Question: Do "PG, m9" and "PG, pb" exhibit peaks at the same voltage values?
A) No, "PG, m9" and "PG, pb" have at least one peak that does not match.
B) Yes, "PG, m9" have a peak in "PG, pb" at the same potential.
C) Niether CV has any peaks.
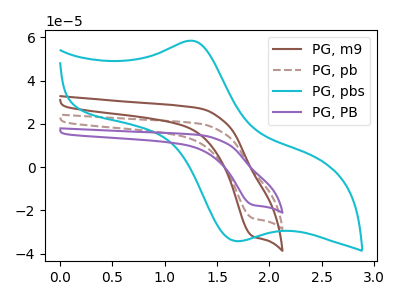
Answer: <think>The brown curve "PG, m9" has a cathodic peak at: (1.85V, -32.05uA). The brown dashed curve "PG, pb" has a cathodic peak at: (1.85V, -23.65uA). The cyan curve "PG, pbs" has an anodic peak at (1.25V, 58.45uA) and a cathodic peak at (1.70V, -34.25uA). The purple curve "PG, PB" has a cathodic peak at: (1.85V, -47.35uA).</think>
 <answer>B) Yes, "PG, m9" have a peak in "PG, pb" at the same potential.</answer>
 <eval>B</eval>